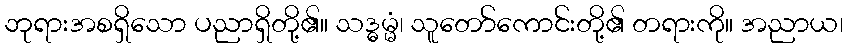
ဘုရားအစရှိသော ပညာရှိတို့၏။ သဒ္ဓမ္မံ၊ သူတော်ကောင်းတို့၏ တရားကို။ အညာယ၊